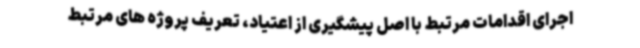
اجرای اقدامات مرتبط با اصل پیشگیری از اعتیاد، تعریف پروژه های مرتبط